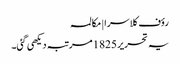
رؤف کلاسرا | مکالمہ
یہ تحریر 1825 مرتبہ دیکھی گئی۔